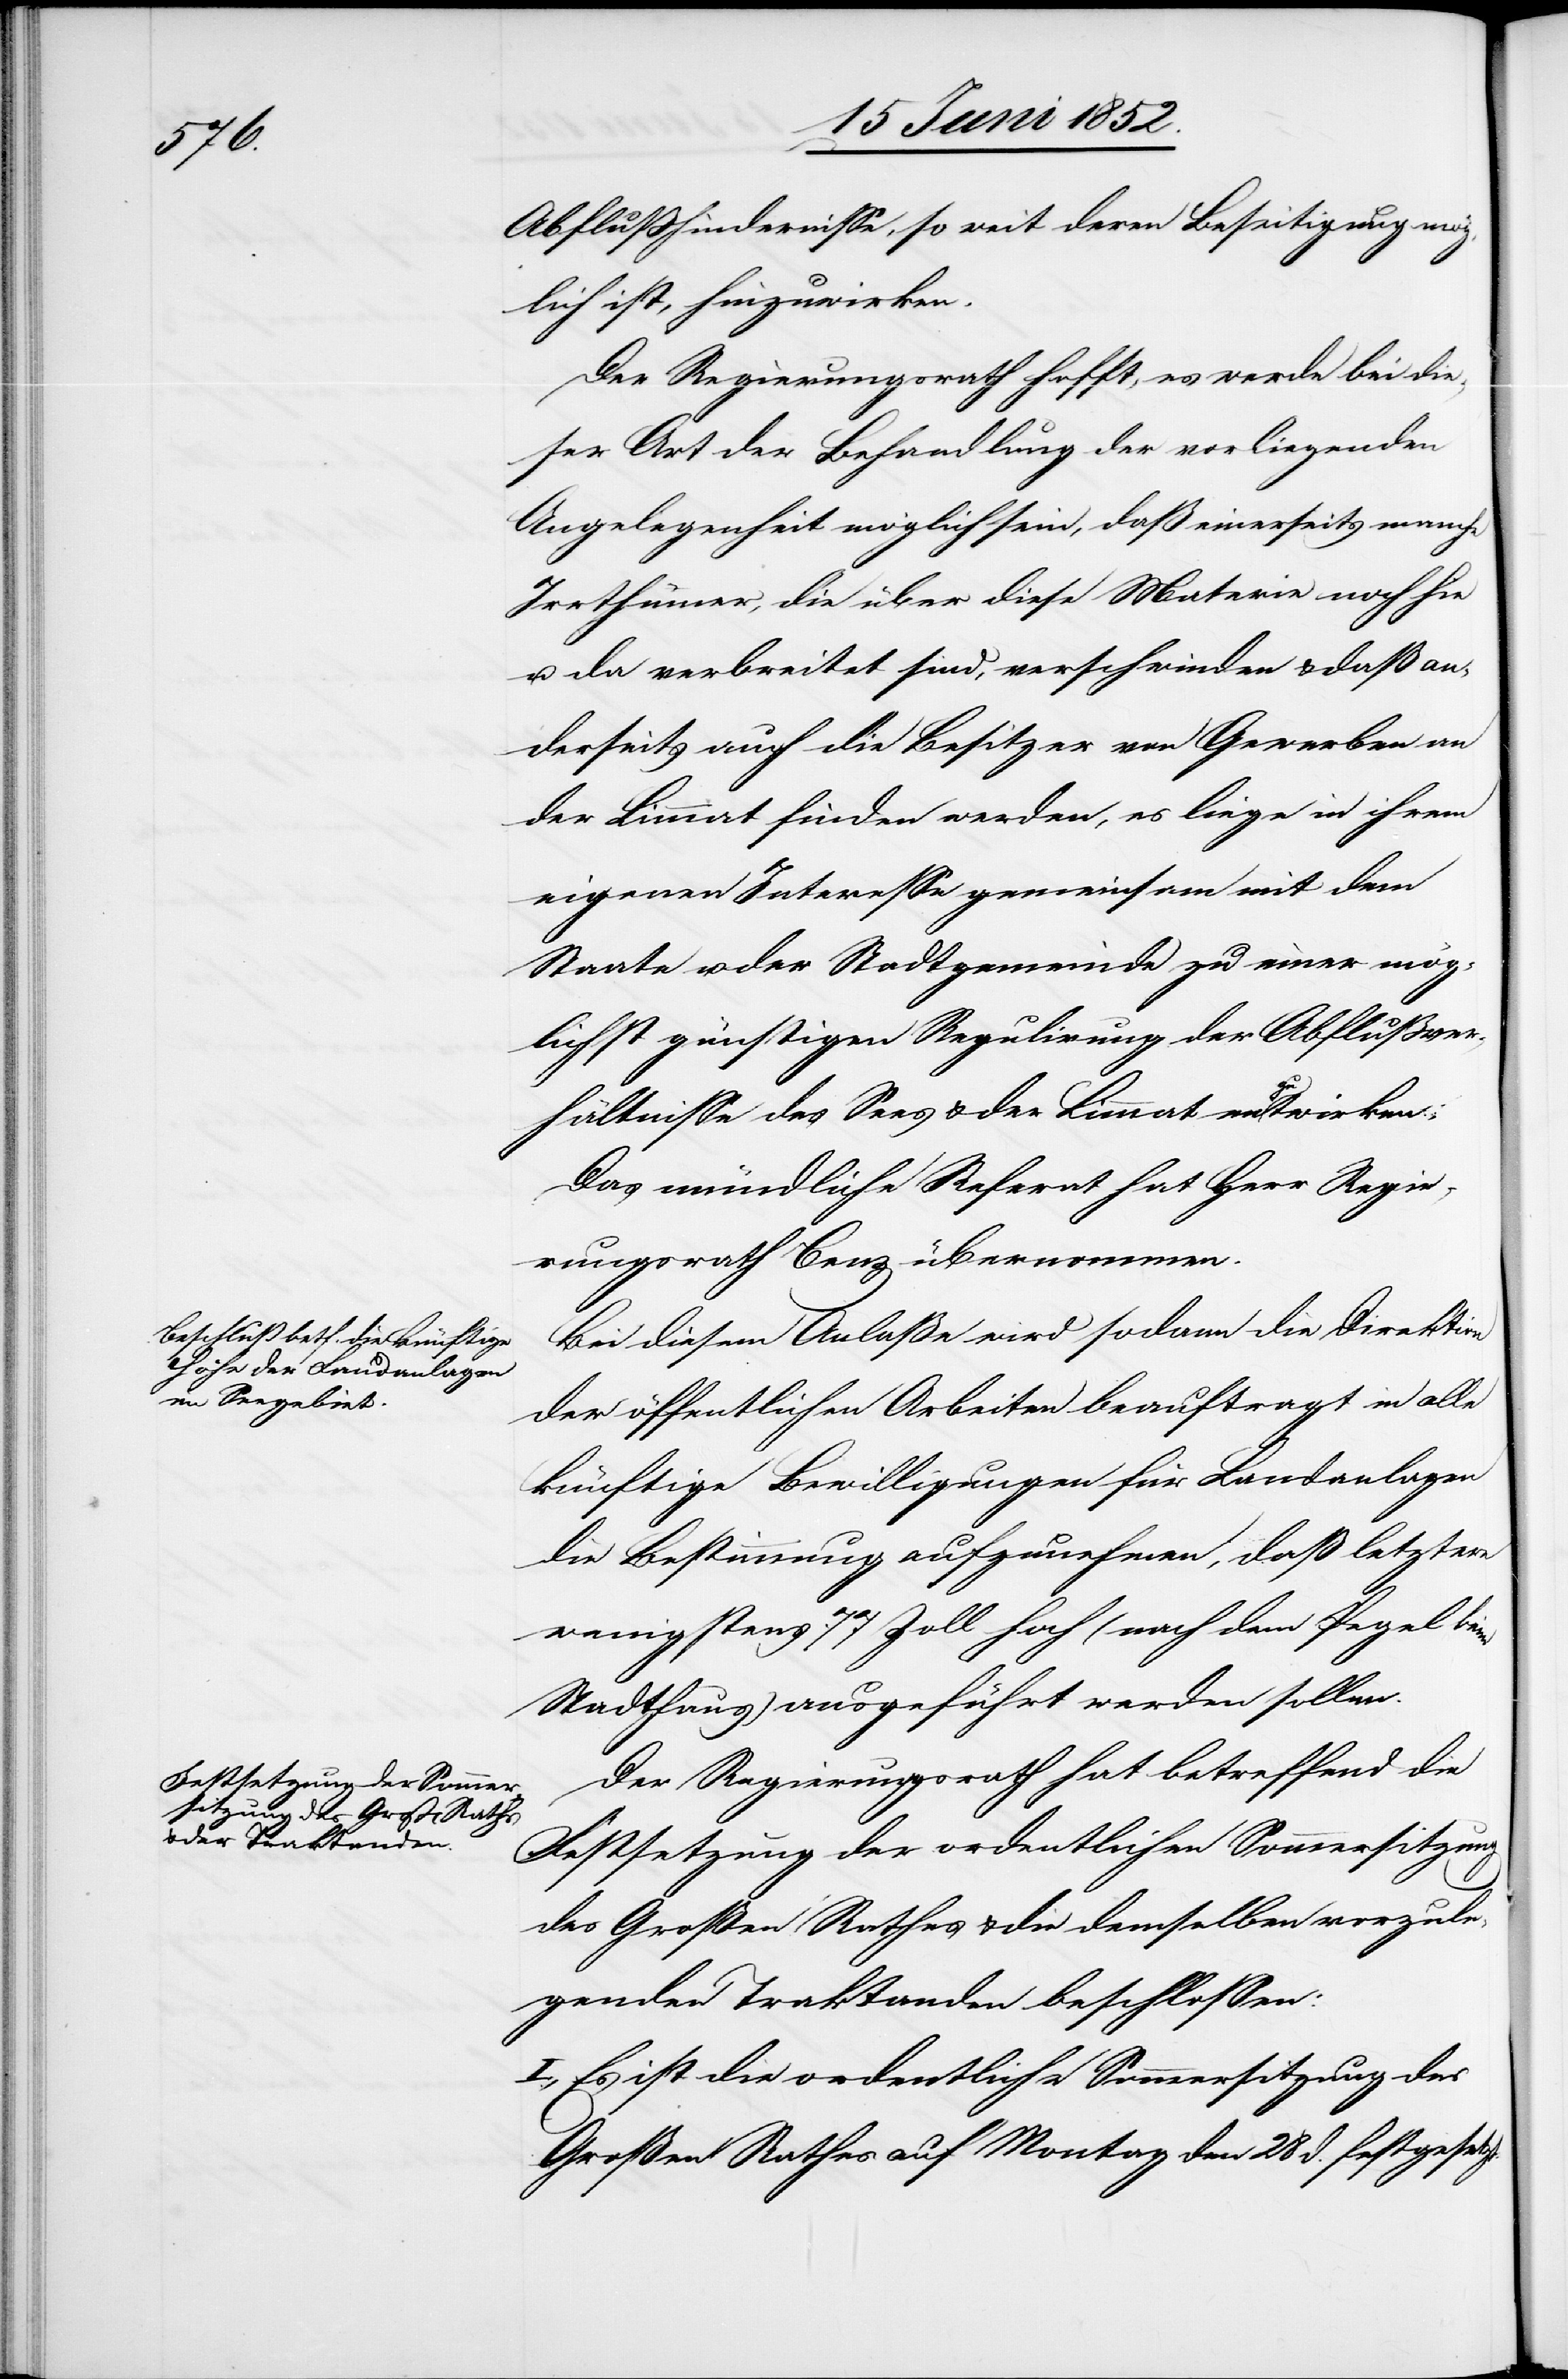
Abflusshindernisse, so weit deren Beseitigung mög¬
lich ist, hinzuwirken.
Der Regierungsrath hofft, es werde bei die¬
ser Art der Behandlung der vorliegenden
Angelegenheit möglich sein, daß einerseits manche
Irrthümer, die über diese Materie noch hie
u. da verbreitet sind, verschwinden & daß an¬
derseits auch die Besitzer von Gewerben an
der Limmat finden werden, es liege in ihrem
eigenen Interesse gemeinsam mit dem
Staate u. der Stadtgemeinde zu einer mög¬
lichst günstigen Regulirung der Abflußver¬
hältnisse des Sees & der Limmat mizutwirken
Das mündliche Referat hat Herr Regie¬
rungsrath Benz übernommen.
Bei diesem Anlaße wird sodann die Direktion
der öffentlichen Arbeiten beauftragt in alle
künftige Bewilligungen für Landanlagen
die Bestimmung aufzunehmen, daß letztere
wenigstens 77 Zoll hoch (nach dem Pegel beim
Stadthaus) ausgeführt werden sollen.
Der Regierungsrath hat betreffend die
Festsetzung der ordentlichen Sommersitzung
des Großen Rathes & die demselben vorzule¬
genden Traktanden beschlossen:
I., Es ist die ordentliche Sommersitzung des
Großen Rathes auf Montag den 28 d. festgesetzt.